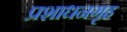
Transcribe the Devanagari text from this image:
प्रशाधनगृह